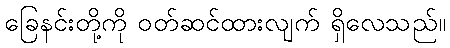
ခြေနင်းတို့ကို ဝတ်ဆင်ထားလျက် ရှိလေသည်။